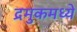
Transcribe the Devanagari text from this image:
द्रमुकमध्ये